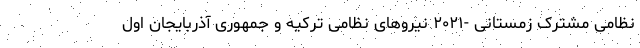
نظامی مشترک زمستانی -۲۰۲۱ نیروهای نظامی ترکیه و جمهوری آذربایجان اول